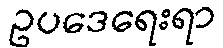
ဥပဒေရေးရာ